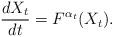
LaTeX: \begin{align*}\frac{d X_t}{dt} = F^{\alpha_t}(X_t).\end{align*}